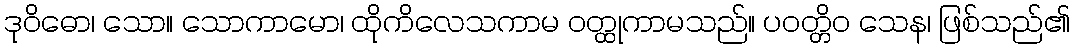
ဒုဝိဓော၊ သော။ သောကာမော၊ ထိုကိလေသကာမ ဝတ္ထုကာမသည်။ ပဝတ္တိဝ သေန၊ ဖြစ်သည်၏